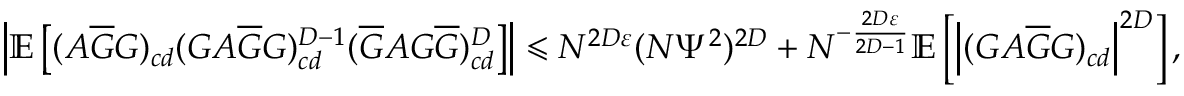
\left| \mathbb { E } \left[ ( A \overline { { G } } G ) _ { c d } ( G A \overline { { G } } G ) _ { c d } ^ { D - 1 } ( \overline { { G } } A G \overline { { G } } ) _ { c d } ^ { D } \right] \right| \leqslant N ^ { 2 D \varepsilon } ( N \Psi ^ { 2 } ) ^ { 2 D } + N ^ { - \frac { 2 D \varepsilon } { 2 D - 1 } } \mathbb { E } \left[ \left| ( G A \overline { { G } } G ) _ { c d } \right| ^ { 2 D } \right] ,